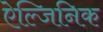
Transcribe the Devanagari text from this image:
ऐल्जिनिक